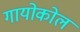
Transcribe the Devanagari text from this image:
गायोकोल